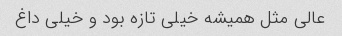
عالی مثل همیشه خیلی تازه بود و خیلی داغ